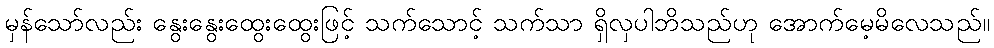
မှန်သော်လည်း နွေးနွေးထွေးထွေးဖြင့် သက်သောင့် သက်သာ ရှိလှပါဘိသည်ဟု အောက်မေ့မိလေသည်။